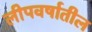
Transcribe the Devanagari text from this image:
लीपवर्षातील